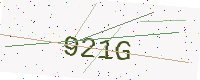
Text: 921G